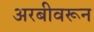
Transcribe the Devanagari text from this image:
अरबीवरून